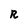
Character: R